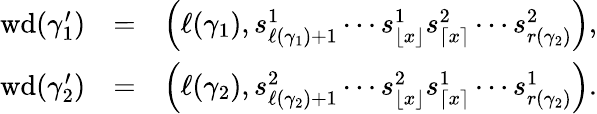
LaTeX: \begin{array}{rlr}{\mathrm{wd}(\gamma_{1}^{\prime})}&{=}&{\left(\ell(\gamma_{1}),s_{\ell(\gamma_{1})+1}^{1}\cdots s_{\lfloor x\rfloor}^{1}s_{\lceil x\rceil}^{2}\cdots s_{r(\gamma_{2})}^{2}\right),}\\ {\mathrm{wd}(\gamma_{2}^{\prime})}&{=}&{\left(\ell(\gamma_{2}),s_{\ell(\gamma_{2})+1}^{2}\cdots s_{\lfloor x\rfloor}^{2}s_{\lceil x\rceil}^{1}\cdots s_{r(\gamma_{2})}^{1}\right).}\end{array}